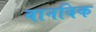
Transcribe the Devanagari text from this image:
वानविक